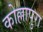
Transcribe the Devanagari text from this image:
कोल्लापुरा